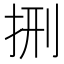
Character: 𭠩